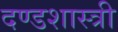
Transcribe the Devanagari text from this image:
दण्डशास्त्री